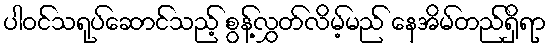
ပါဝင်သရုပ်ဆောင်သည့် စွန့်လွှတ်လိမ့်မည် နေအိမ်တည်ရှိရာ